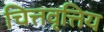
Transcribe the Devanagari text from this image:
चित्तवृत्तिय